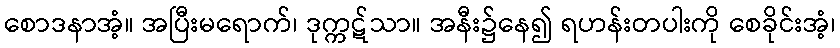
စောဒနာအံ့။ အပြီးမရောက်၊ ဒုက္ကဋ်သာ။ အနီး၌နေ၍ ရဟန်းတပါးကို စေခိုင်းအံ့၊